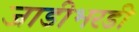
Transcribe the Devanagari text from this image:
जाडीभरडी